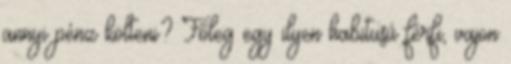
annyi pénz költeni? Főleg egy ilyen habitusú férfi, vajon